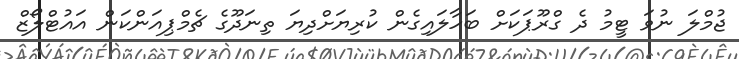
ޖުމްލަ ނުވަ ޓީމު ދެ ގްރޫޕަކަށް ބަހާލައިގެން ކުރިޔަށްދިޔަ ތިނަދޫގެ ޗެމްޕިއަންކަން އައުޓްލޯޒް